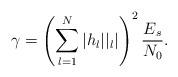
LaTeX: \begin{align*}\gamma=\left(\sum_{l=1}^{N}|h_l||_l|\right)^2\frac{E_s}{N_0}.\end{align*}